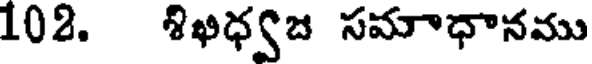
102. శిభధ్యజ సమాధానము